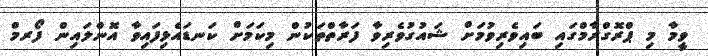
ވީމާ މި ޕްރޮގްރާމްގައި ބައިވެރިވުމަށް ޝައުގުވެރިވާ ފަރާތްތަކުން މިކަމަށް ކަނޑައެޅިފައިވާ އޮންލައިން ފޯރމް